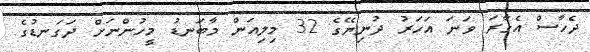
ދެހާސް އެގާރަ ވަނަ އަހަރު ދުނިޔޭގެ 32 މިލިއަން މާބަނޑު މީހުންނަށް ދަގަނޑުގެ